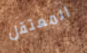
المعتقل